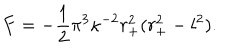
F = - \frac { 1 } { 2 } \pi ^ { 3 } \kappa ^ { - 2 } r _ { + } ^ { 2 } ( r _ { + } ^ { 2 } - l ^ { 2 } ) .